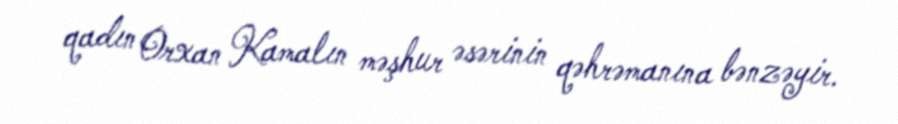
qadın Orxan Kamalın məşhur əsərinin qəhrəmanına bənzəyir.